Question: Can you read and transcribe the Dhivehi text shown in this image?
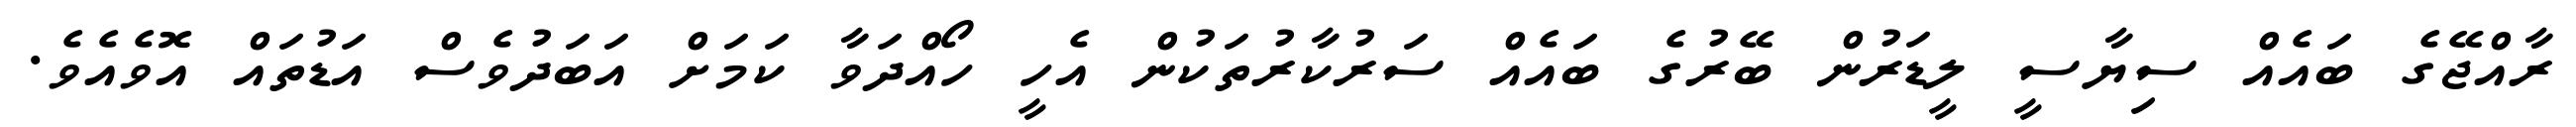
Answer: ރާއްޖޭގެ ބައެއް ސިޔާސީ ލީޑަރުން ބޭރުގެ ބައެއް ސަރުކާރުތަކުން އެހީ ހޯއްދަވާ ކަމަށް އަބަދުވެސް އަޑުތައް އޮވެއެވެ.